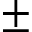
\pm